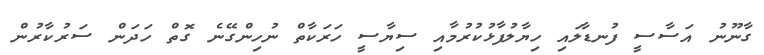
ގާނޫނު އަސާސީ ފުނޑާލައި ހިޔާލުފާޅުކުރުމާއި ސިޔާސީ ހަރަކާތް ނުހިންގޭނެ ގޮތް ހަދަން ސަރުކާރުން